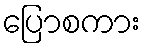
ပြောစကား